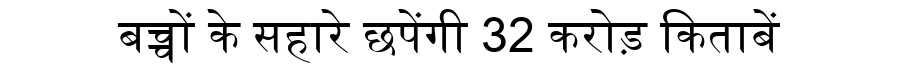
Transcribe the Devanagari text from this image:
बच्चों के सहारे छपेंगी 32 करोड़ किताबें